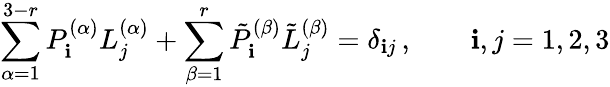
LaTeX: \sum_{\alpha=1}^{3-r}{P}_{\mathbf{i}}^{(\alpha)}{L}_{j}^{(\alpha)}+\sum_{\beta=1}^{r}{\tilde{{P}}}_{\mathbf{i}}^{(\beta)}{\tilde{{L}}}_{j}^{(\beta)}=\delta_{\mathbf{i}j}\, ,\qquad\mathbf{i},j=1,2,3